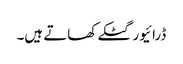
ڈرائیور گٹکے کھاتے ہیں۔